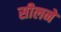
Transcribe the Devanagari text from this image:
सीलने